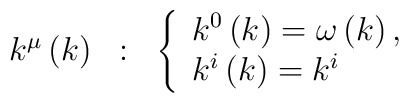
\begin{array}{ccc}k^\mu \left( k\right) & : & \left\{ \begin{array}{l}k^0\left( k\right) =\omega \left( k\right) , \\ k^i\left( k\right) =k^i\end{array}\right.\end{array}